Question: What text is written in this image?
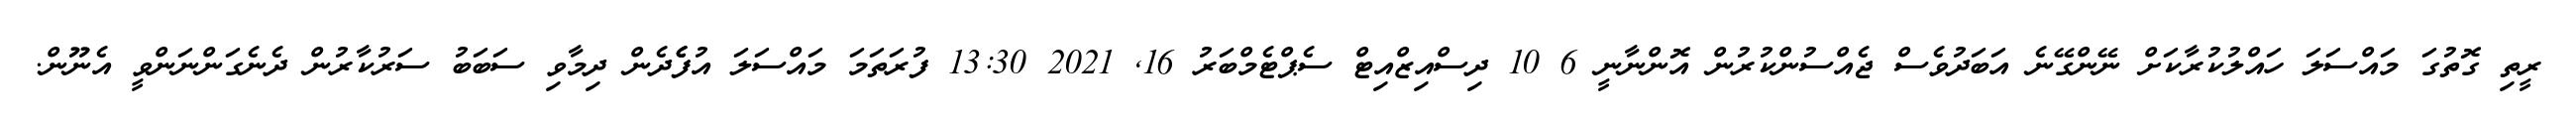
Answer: ރީތި ގޮތުގަ މައްސަލަ ހައްލުކުރާކަށް ނޭންގޭނެ އަބަދުވެސް ޖެއްސުންކުރުން އޮންނާނީ 6 10 ދިސްއިޒްއިޓް ސެޕްޓެމްބަރު 16, 2021 13:30 ފުރަތަމަ މައްސަލަ އުފެެދެން ދިމާވި ސަބަބު ސަރުކާރުން ދެނެގަންނަންވީ އެނޫން.